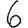
Digit: 6